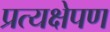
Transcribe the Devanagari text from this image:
प्रत्यक्षेपण